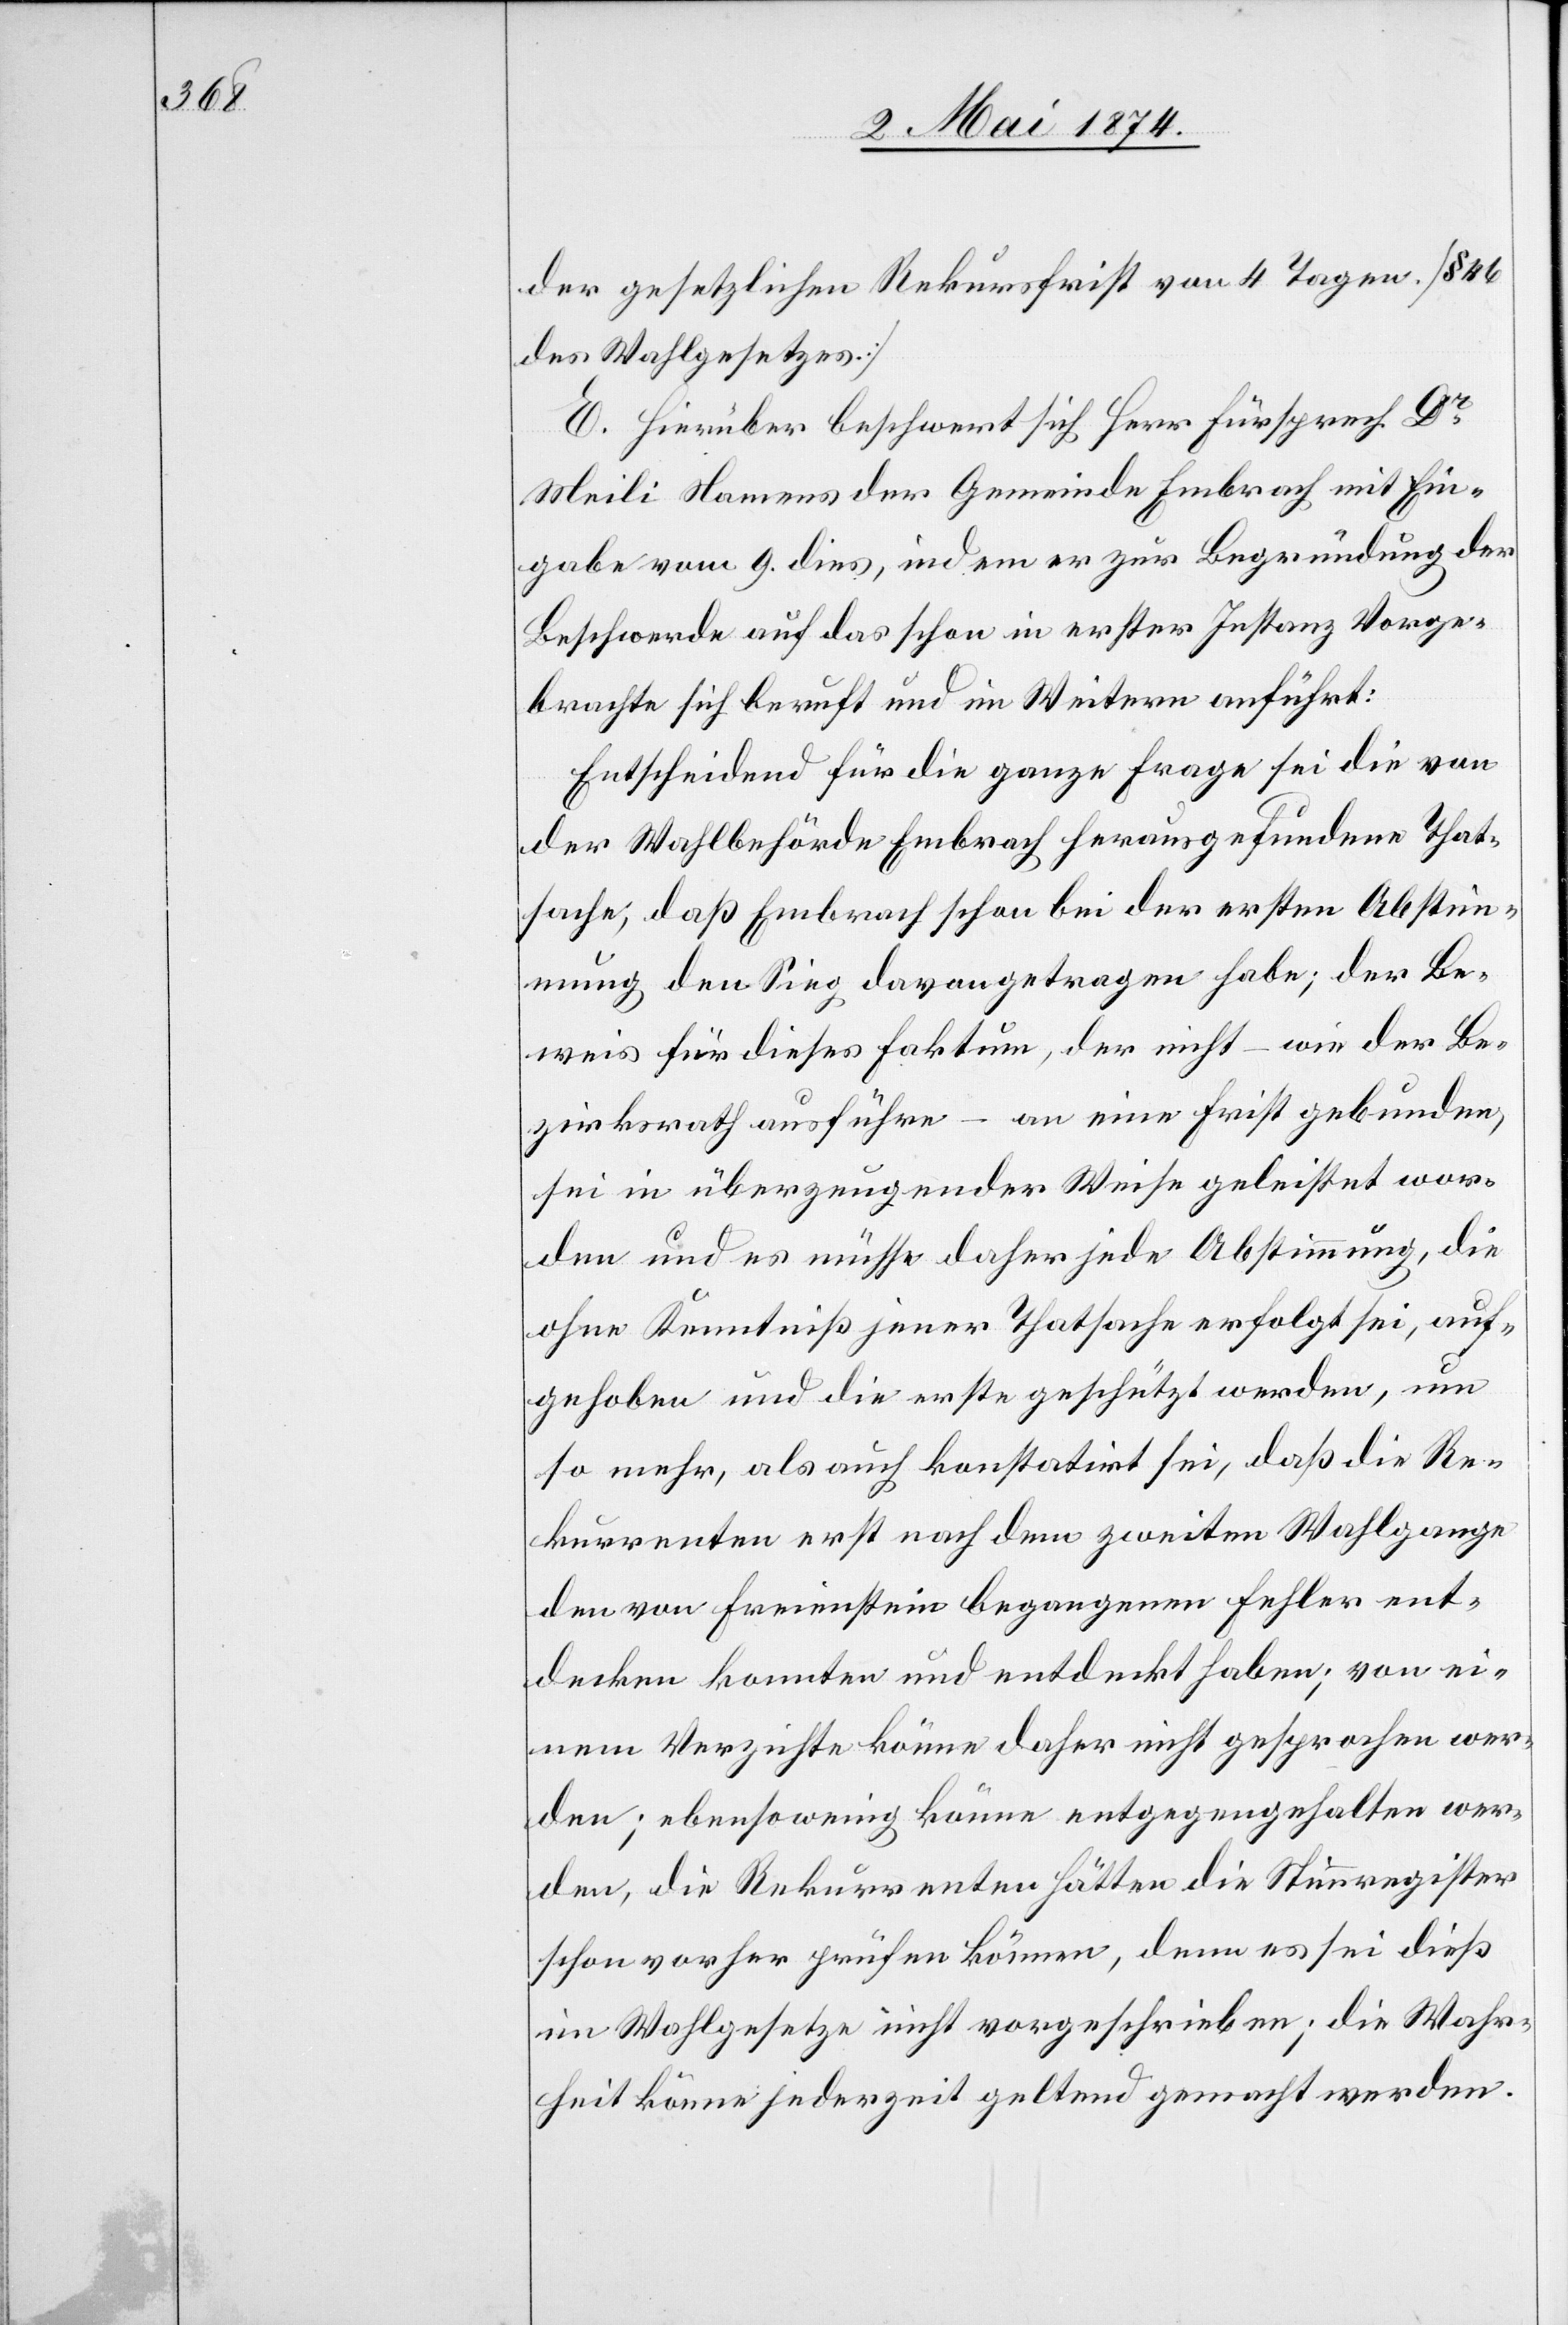
der gesetzlichen Rekursfrist von 4 Tagen [§ 46
des Wahlgesetzes.]
E. Hierüber beschwert sich Herr Fürsprech Dr
Meili Namens der Gemeinde Embrach mit Ein¬
gabe vom 9. dies, indem er zur Begründung der
Beschwerde auf das schon in erster Instanz Vorge¬
brachte sich beruft und im Weitern anführt:
Entscheidend für die ganze Frage sei die von
der Wahlbehörde Embrach herausgefundene That¬
sache, daß Embrach schon bei der ersten Abstim¬
mung den Sieg davongetragen habe; der Be¬
weis für dieses Faktum, der nicht – wie der Be¬
zirksrath ausführe – an eine Frist gebunden,
sei in überzeugender Weise geleistet wor¬
den und es müsse daher jede Abstimmung, die
ohne Kenntniß jener Thatsache erfolgt sei, auf¬
gehoben und die erste geschützt werden, um
so mehr, als auch konstatirt sei, daß die Re¬
kurrenten erst nach dem zweiten Wahlgange
den von Freienstein begangenen Fehler ent¬
decken konnten und entdeckt haben; von ei¬
nem Verzichte könne daher nicht gesprochen wer¬
den; ebensowenig könne entgegengehalten wer¬
den, die Rekurrenten hätten die Stimmregister
schon vorher prüfen können, denn es sei dieß
im Wahlgesetze nicht vorgeschrieben; die Wahr¬
heit könne jederzeit geltend gemacht werden.